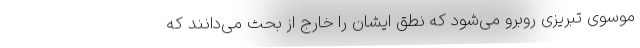
موسوی تبریزی روبرو می‌شود که نطق ایشان را خارج از بحث می‌دانند که